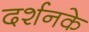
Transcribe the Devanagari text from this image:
दर्शनके